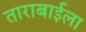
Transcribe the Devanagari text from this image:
ताराबाईला